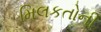
મિલકતોની